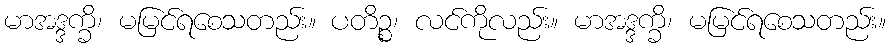
မာအဒ္ဒက္ခိ၊ မမြင်ရစေသတည်း။ ပတိဉ္စ၊ လင်ကိုလည်း။ မာအဒ္ဒက္ခိ၊ မမြင်ရစေသတည်း။